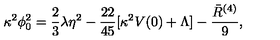
\kappa ^ { 2 } \phi _ { 0 } ^ { 2 } = { \frac { 2 } { 3 } } \lambda \eta ^ { 2 } - { \frac { 2 2 } { 4 5 } } [ \kappa ^ { 2 } V ( 0 ) + \Lambda ] - { \frac { \bar { R } ^ { ( 4 ) } } { 9 } } ,